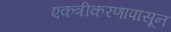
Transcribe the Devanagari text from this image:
एकत्रीकरणापासून